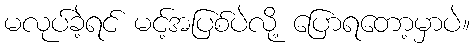
မလုပ်ခဲ့ရင် မင့်အပြစ်ပဲလို့ ပြောရတော့မှာပဲ။